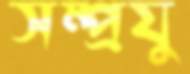
সম্প্রযু